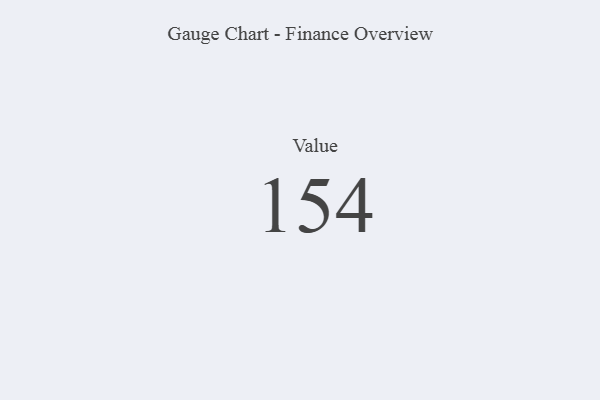
{"axis": {"x": "Metric", "y": "Value"}, "legend": [""], "data": [{"x": "Value", "y": 154, "type": ""}]}